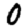
Digit: 0